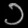
Digit: ၁